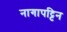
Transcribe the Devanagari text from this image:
नागापट्टिन